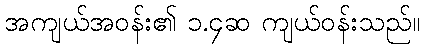
အကျယ်အဝန်း၏ ၁.၄ဆ ကျယ်ဝန်းသည်။